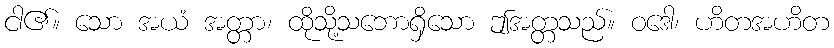
ငါ၏။ သော အယံ အတ္တာ၊ ထိုသို့သဘောရှိသော ဤအတ္တသည်။ ဝဒေါ၊ ဟိတအဟိတ